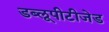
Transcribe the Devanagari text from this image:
डब्लूपीटीजेड